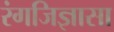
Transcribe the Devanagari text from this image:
रंगजिज्ञासा